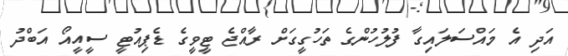
އަދި އެ މައްސަލައިގާ ފުލުހުންގެ ތަހުގީގަށް ރާއްޖެ ޓީވީގެ ޑެޕިއުޓީ ސީއީއޯ އަބްދު